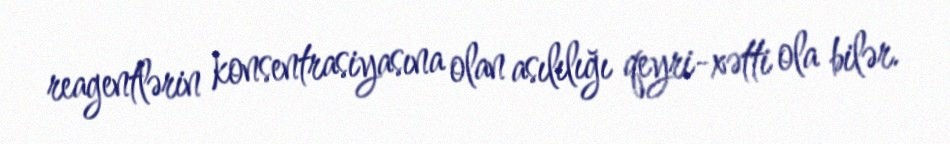
reagentlərin konsentrasiyasına olan asılılığı qeyri-xətti ola bilər.